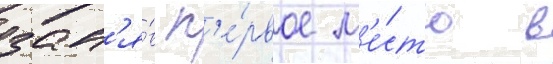
зан'я́в п'е́рвое м'е́сто в